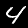
Label: 4